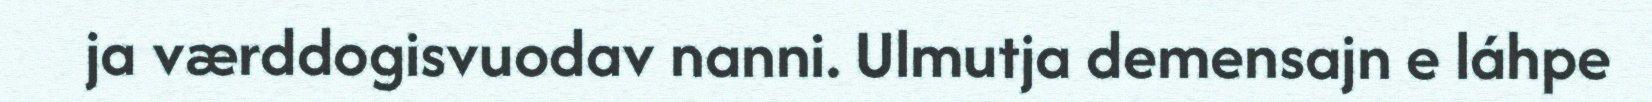
ja værddogisvuodav nanni. Ulmutja demensajn e láhpe